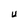
Character: U